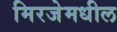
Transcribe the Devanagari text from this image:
मिरजेमधील